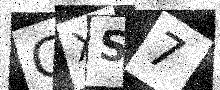
Text: GXS7